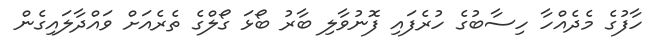
ހާފުގެ މެދެއްހާ ހިސާބުގެ ހުރެފައި ފޮނުވާލި ބާރު ބޯޅަ ގޯލްގެ ތެރެއަށް ވައްދާލައިގެން